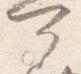
可